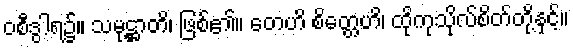
ဝစီဒွါရ၌။ သမုဋ္ဌာတိ၊ ဖြစ်၏။ တေဟိ စိတ္တေဟိ၊ ထိုကုသိုလ်စိတ်တို့နှင့်။